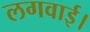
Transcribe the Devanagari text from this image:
लगवाई।